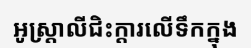
អូស្ត្រាលីជិះក្តារលើទឹកក្នុង